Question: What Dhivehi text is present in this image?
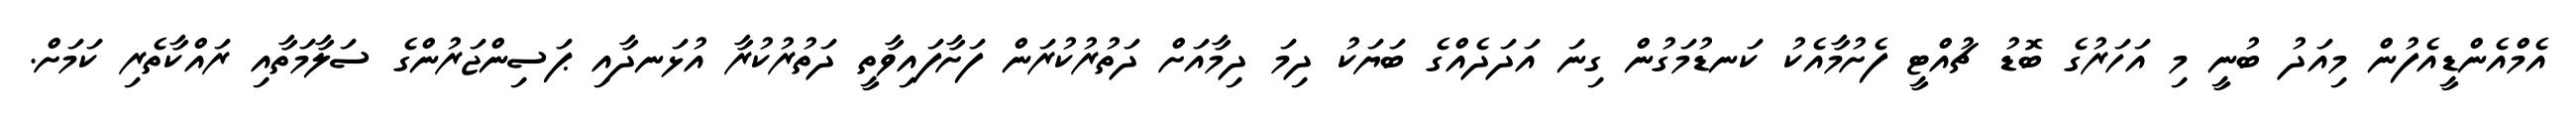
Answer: އެމްއެންޑީއެފުން މިއަދު ބުނީ މި އަހަރުގެ ބޮޑު ޗުއްޓީ ފެށުމާއެކު ކަނޑުމަގުން ގިނަ އަދަދެއްގެ ބަޔަކު ދިމަ ދިމާއަށް ދަތުރުކުރަން ފަށާފައިވާތީ ދަތުރުކުރާ އުޅަނދާއި ޕަސިންޖަރުންގެ ސަލާމަތާއި ރައްކާތެރި ކަމަށް.